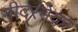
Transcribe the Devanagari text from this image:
नीदरमेयर